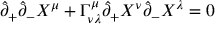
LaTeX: \hat { \partial } _ { + } \hat { \partial } _ { - } X ^ { \mu } + \Gamma _ { \nu \lambda } ^ { \mu } \hat { \partial } _ { + } X ^ { \nu } \hat { \partial } _ { - } X ^ { \lambda } = 0